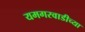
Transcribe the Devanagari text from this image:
यमगरवाडीच्या